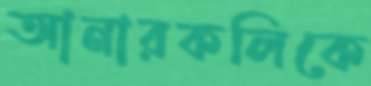
আনারকলিকে